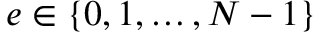
e \in \{ 0 , 1 , \dots , N - 1 \}